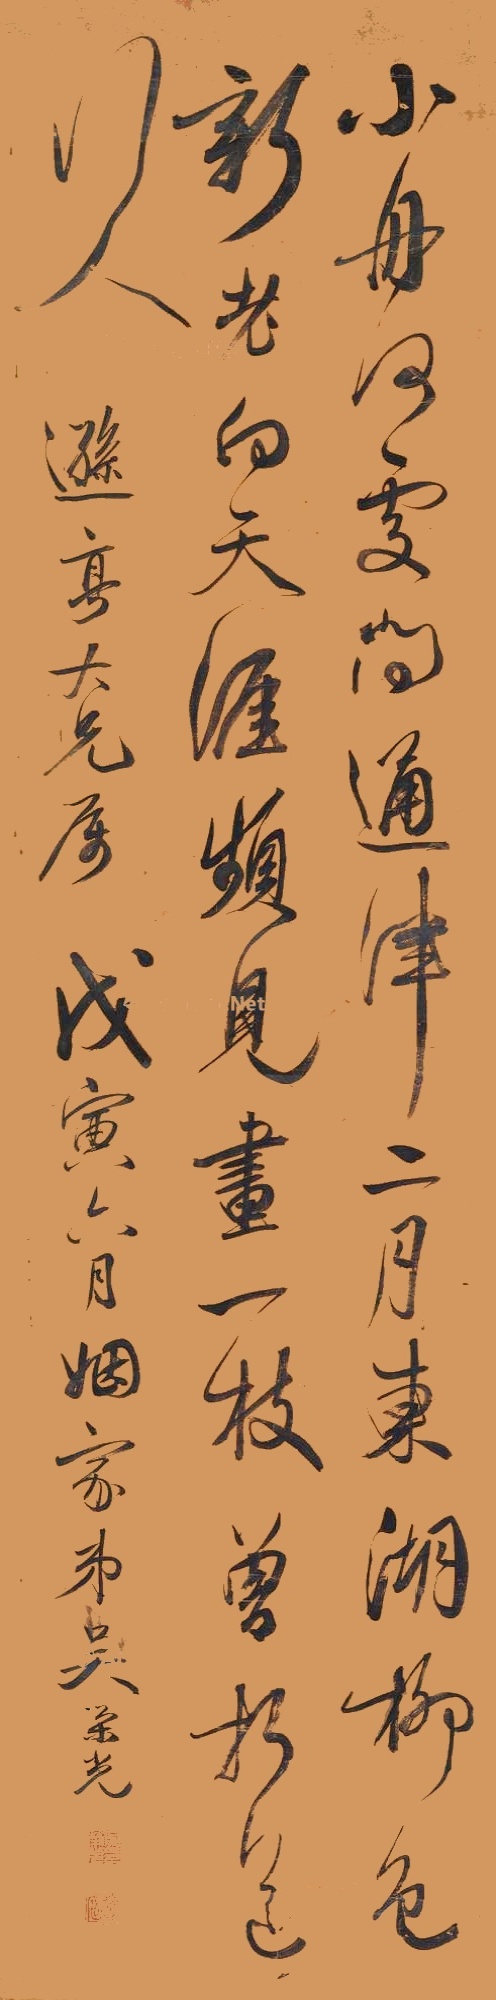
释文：小舟何处问通津，二月东湖柳色新。老向天涯频见画，一枝曾折送行人。逊亭大兄属，戊寅六月，姻家弟吴荣光。